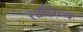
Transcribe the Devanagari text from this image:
साहित्त्य